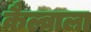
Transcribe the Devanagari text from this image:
कैल्वाला